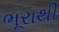
ભૂરાથી